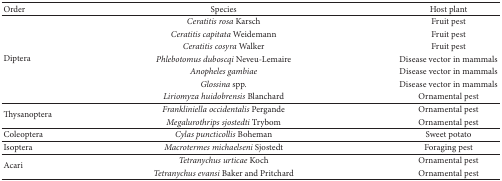
<table><thead><tr><td><b>Order</b></td><td><b>Species</b></td><td><b>Host plant</b></td></tr></thead><tbody><tr><td rowspan="7">Diptera</td><td><i>Ceratitis rosa</i> Karsch</td><td>Fruit pest</td></tr><tr><td><i>Ceratitis capitata </i>Weidemann</td><td>Fruit pest</td></tr><tr><td><i>Ceratitis cosyra </i>Walker</td><td>Fruit pest</td></tr><tr><td><i>Phlebotomus duboscqi </i>Neveu-Lemaire</td><td>Disease vector in mammals </td></tr><tr><td><i>Anopheles gambiae </i></td><td>Disease vector in mammals</td></tr><tr><td><i>Glossina</i> spp.</td><td>Disease vector in mammals</td></tr><tr><td><i>Liriomyza huidobrensis</i> Blanchard</td><td>Ornamental pest</td></tr><tr><td rowspan="2">Thysanoptera</td><td><i>Frankliniella occidentalis </i>Pergande</td><td>Ornamental pest</td></tr><tr><td><i>Megalurothrips sjostedti </i>Trybom</td><td>Ornamental pest</td></tr><tr><td>Coleoptera</td><td><i>Cylas puncticollis</i> Boheman</td><td>Sweet potato</td></tr><tr><td>Isoptera</td><td><i>Macrotermes michaelseni</i> Sjostedt</td><td>Foraging pest</td></tr><tr><td rowspan="2">Acari</td><td><i>Tetranychus urticae </i>Koch</td><td>Ornamental pest</td></tr><tr><td><i>Tetranychus evansi </i>Baker and Pritchard</td><td>Ornamental pest</td></tr></tbody></table>